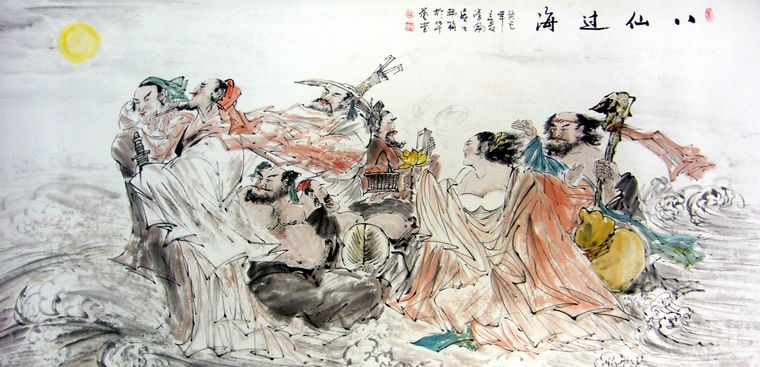
宠锡从仙禁，光华出汉京。